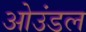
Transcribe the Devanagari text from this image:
ओउंडल